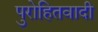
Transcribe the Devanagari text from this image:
पुरोहितवादी